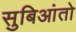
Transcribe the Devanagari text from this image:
सुबिआंतो